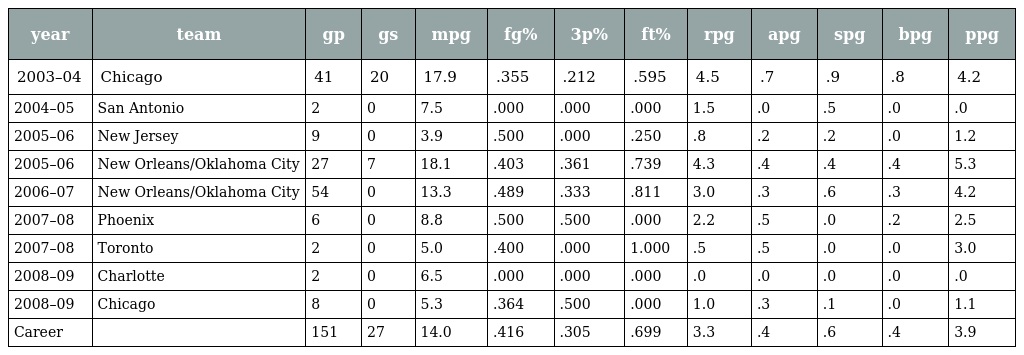
| year | team | gp | gs | mpg | fg% | 3p% | ft% | rpg | apg | spg | bpg | ppg |
 | --- | --- | --- | --- | --- | --- | --- | --- | --- | --- | --- | --- | --- |
 | 2003–04 | Chicago | 41 | 20 | 17.9 | .355 | .212 | .595 | 4.5 | .7 | .9 | .8 | 4.2 |
 | 2004–05 | San Antonio | 2 | 0 | 7.5 | .000 | .000 | .000 | 1.5 | .0 | .5 | .0 | .0 |
 | 2005–06 | New Jersey | 9 | 0 | 3.9 | .500 | .000 | .250 | .8 | .2 | .2 | .0 | 1.2 |
 | 2005–06 | New Orleans/Oklahoma City | 27 | 7 | 18.1 | .403 | .361 | .739 | 4.3 | .4 | .4 | .4 | 5.3 |
 | 2006–07 | New Orleans/Oklahoma City | 54 | 0 | 13.3 | .489 | .333 | .811 | 3.0 | .3 | .6 | .3 | 4.2 |
 | 2007–08 | Phoenix | 6 | 0 | 8.8 | .500 | .500 | .000 | 2.2 | .5 | .0 | .2 | 2.5 |
 | 2007–08 | Toronto | 2 | 0 | 5.0 | .400 | .000 | 1.000 | .5 | .5 | .0 | .0 | 3.0 |
 | 2008–09 | Charlotte | 2 | 0 | 6.5 | .000 | .000 | .000 | .0 | .0 | .0 | .0 | .0 |
 | 2008–09 | Chicago | 8 | 0 | 5.3 | .364 | .500 | .000 | 1.0 | .3 | .1 | .0 | 1.1 |
 | Career |  | 151 | 27 | 14.0 | .416 | .305 | .699 | 3.3 | .4 | .6 | .4 | 3.9 |